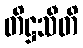
တိဋ္ဌသီတိ